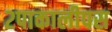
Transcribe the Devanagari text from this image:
२पाकालीपस